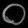
Digit: ၀